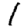
Digit: 1